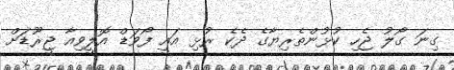
ގިނަ ގޯލު ޖެހި ކުޅުންތެރިޔާގެ ދެކެ ރުޅި އައީ ފޯވަޑް އޮލީވިއާ ޖީރޫޑަށް